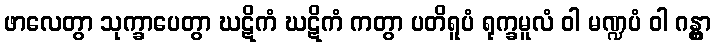
ဖာလေတွာ သုက္ခာပေတွာ ဃဋိကံ ဃဋိကံ ကတွာ ပတိရူပံ ရုက္ခမူလံ ဝါ မဏ္ဍပံ ဝါ ဂန္တွာ